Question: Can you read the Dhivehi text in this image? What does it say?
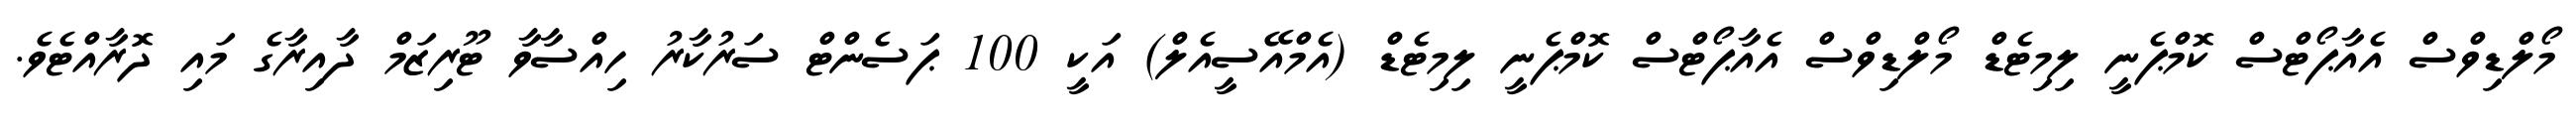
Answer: މޯލްޑިވްސް އެއާޕޯޓްސް ކޮމްޕެނީ ލިމިޓެޑް މޯލްޑިވްސް އެއާޕޯޓްސް ކޮމްޕެނީ ލިމިޓެޑް (އެމްއޭސީއެލް) އަކީ 100 ޕަސެންޓް ސަރުކާރު ހިއްސާވާ ޓޫރިޒަމް ދާއިރާގެ މައި ދޮރާއްޓެވެ.